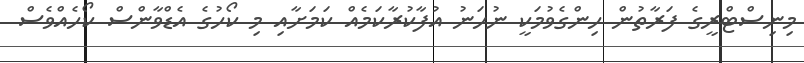
މިނިސްޓްރީގެ ފަރާތުން ހިންގެވުމަކީ ނުހަނު އުފާކުރާކަމެއް ކަމަށާއި މި ކޯހުގެ އެޑްވާންސް ކޯހެއްވެސް